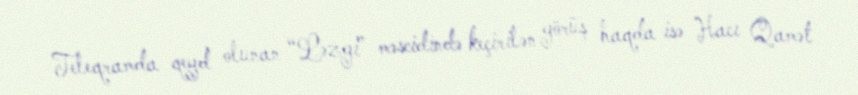
Teleqramda qeyd olunan “Ləzgi” məscidində keçirilən görüş haqda isə Hacı Qamət